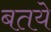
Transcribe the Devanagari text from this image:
बतये